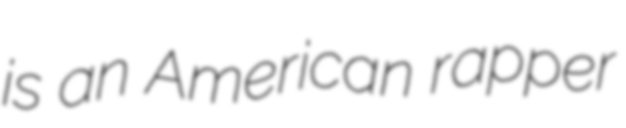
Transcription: is an American rapper